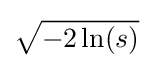
{\sqrt {-2\ln(s)}}